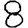
Digit: 8